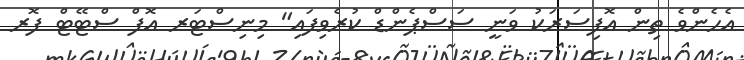
އެހެންވެ ތިން އޮފިސަރަކު ވަނީ ސަސްޕެންޑް ކުރެވިފައި" މިނިސްޓަރ އޮފް ސްޓޭޓް ފޮރ